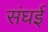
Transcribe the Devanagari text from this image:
संघई